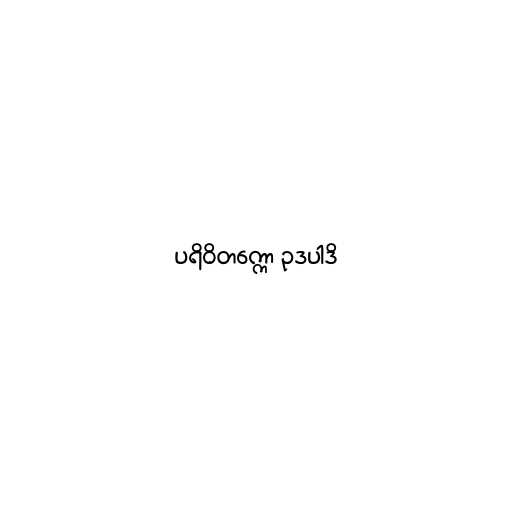
ပရိဝိတက္ကော ဥဒပါဒိ